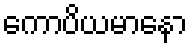
ကောပိယမာနော